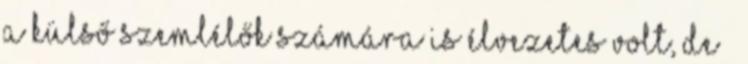
a külső szemlélők számára is élvezetes volt, de –